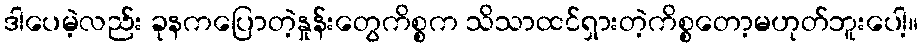
ဒါပေမဲ့လည်း ခုနကပြောတဲ့နှုန်းတွေကိစ္စက သိသာထင်ရှားတဲ့ကိစ္စတော့မဟုတ်ဘူးပေါ့။